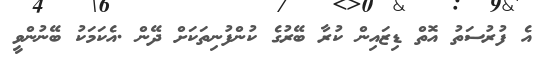
އެ ފުރުސަތު އޮތް ޑިޒައިން ކުރާ ބޭރުގެ ކުންފުނިތަކަށް ދޭން .އެކަމަކު ބޭނުންވީ